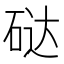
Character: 鿎